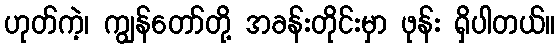
ဟုတ်ကဲ့၊ ကျွန်တော်တို့ အခန်းတိုင်းမှာ ဖုန်း ရှိပါတယ်။